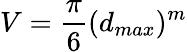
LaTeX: V=\frac{\pi}{6}(d_{max})^{m}